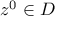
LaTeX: z ^ { 0 } \in D